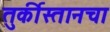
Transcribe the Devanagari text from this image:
तुर्कीस्तानचा